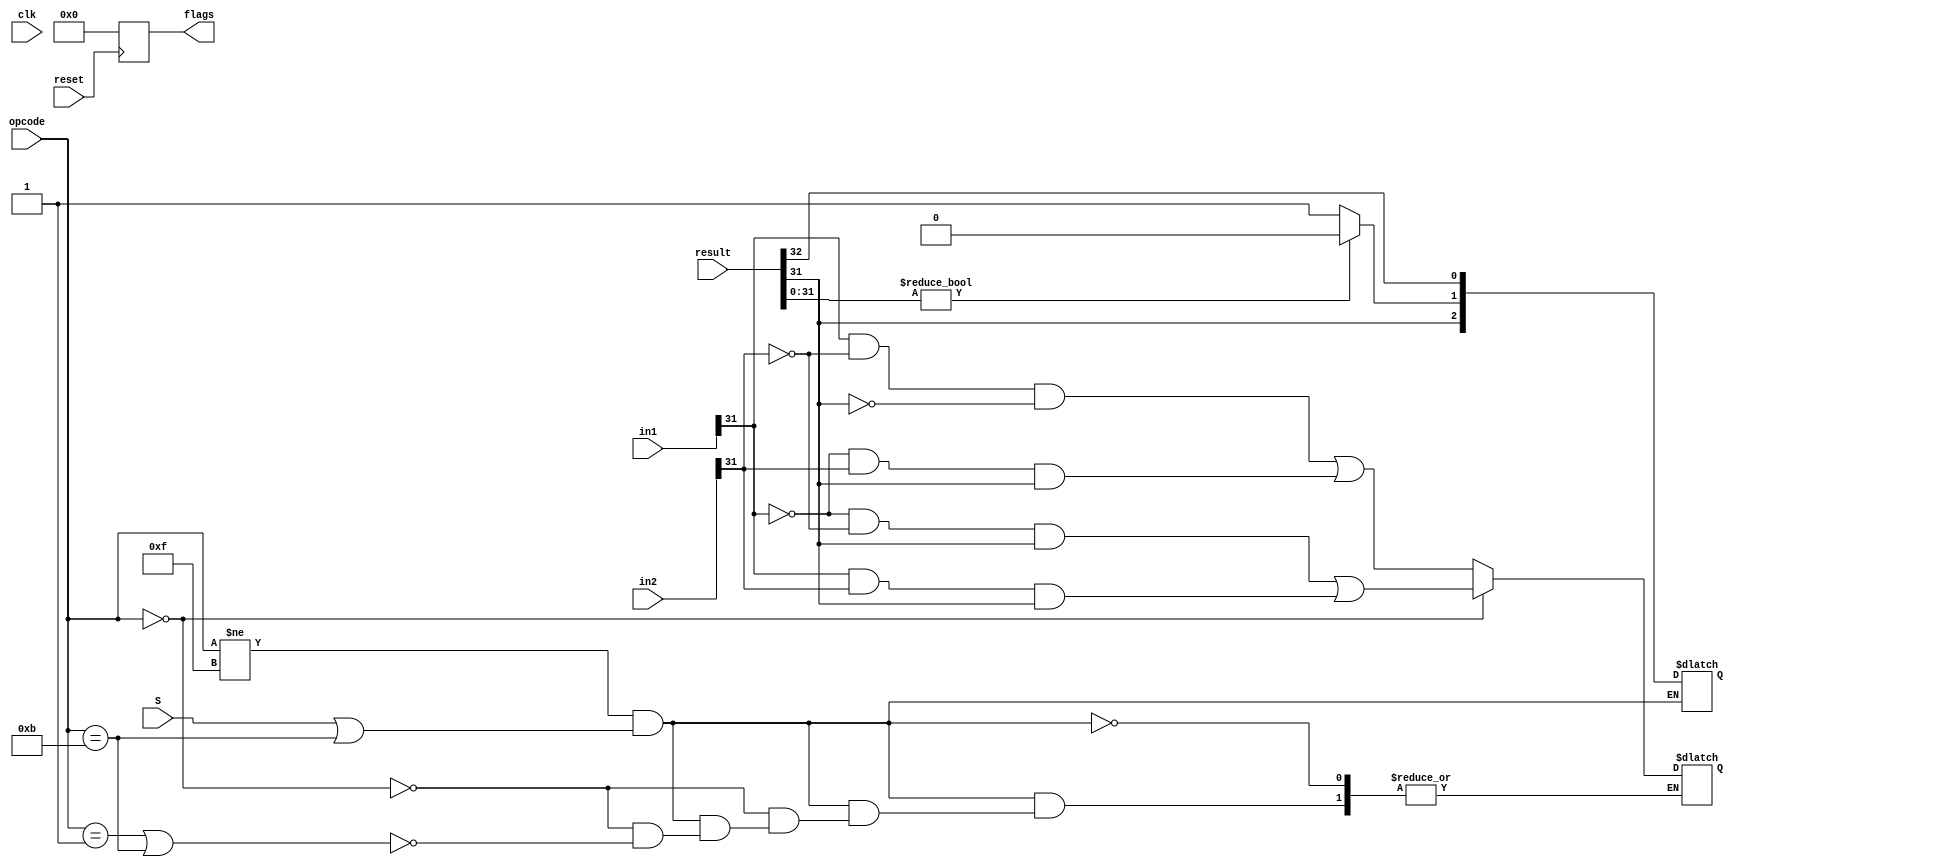
module setflags(clk, reset, S,opcode,in1,in2,result,flags);
	input [31:0]in1,in2;
	input [32:0]result;
	input [3:0]opcode;
	input clk,S, reset;
	output reg [3:0] flags;

	always @ (posedge reset)
	begin
		flags = 0;
	end

	always @ (*)
	begin
		//Only update flag if not no-op, and S or CMP
		if (opcode != 4'b1111 && (S || (opcode == 4'b1011)))
		begin
			flags[3] = result[31]; 	//Calculate negative flag
			if (result[31:0] != 0)	//Calculate zero flag
			begin
				flags[2] = 0;
			end
			else
			begin
				flags[2] = 1;
			end
		
			//Carry flag for most operations
			flags[1] = result[32];

			//Addition
			if (opcode == 0)
			begin
				flags[0] = (!in1[31]&& !in2[31] && result[31] || in1[31] && in2[31] && result[31]);
			end

			//Subtraction
			else if (opcode == 1 || opcode == 4'b1011)
			begin
				flags[0] = (in1[31] && !in2[31] && !result[31] || !in1[31] && in2[31] && result[31]);
				//ARM's inverted borrow flag means carry must be inverted during subtraction
				//Currently commented out under advise of TA
				//flags[1] = ~result[32];
			end
		end 	
	end
endmodule